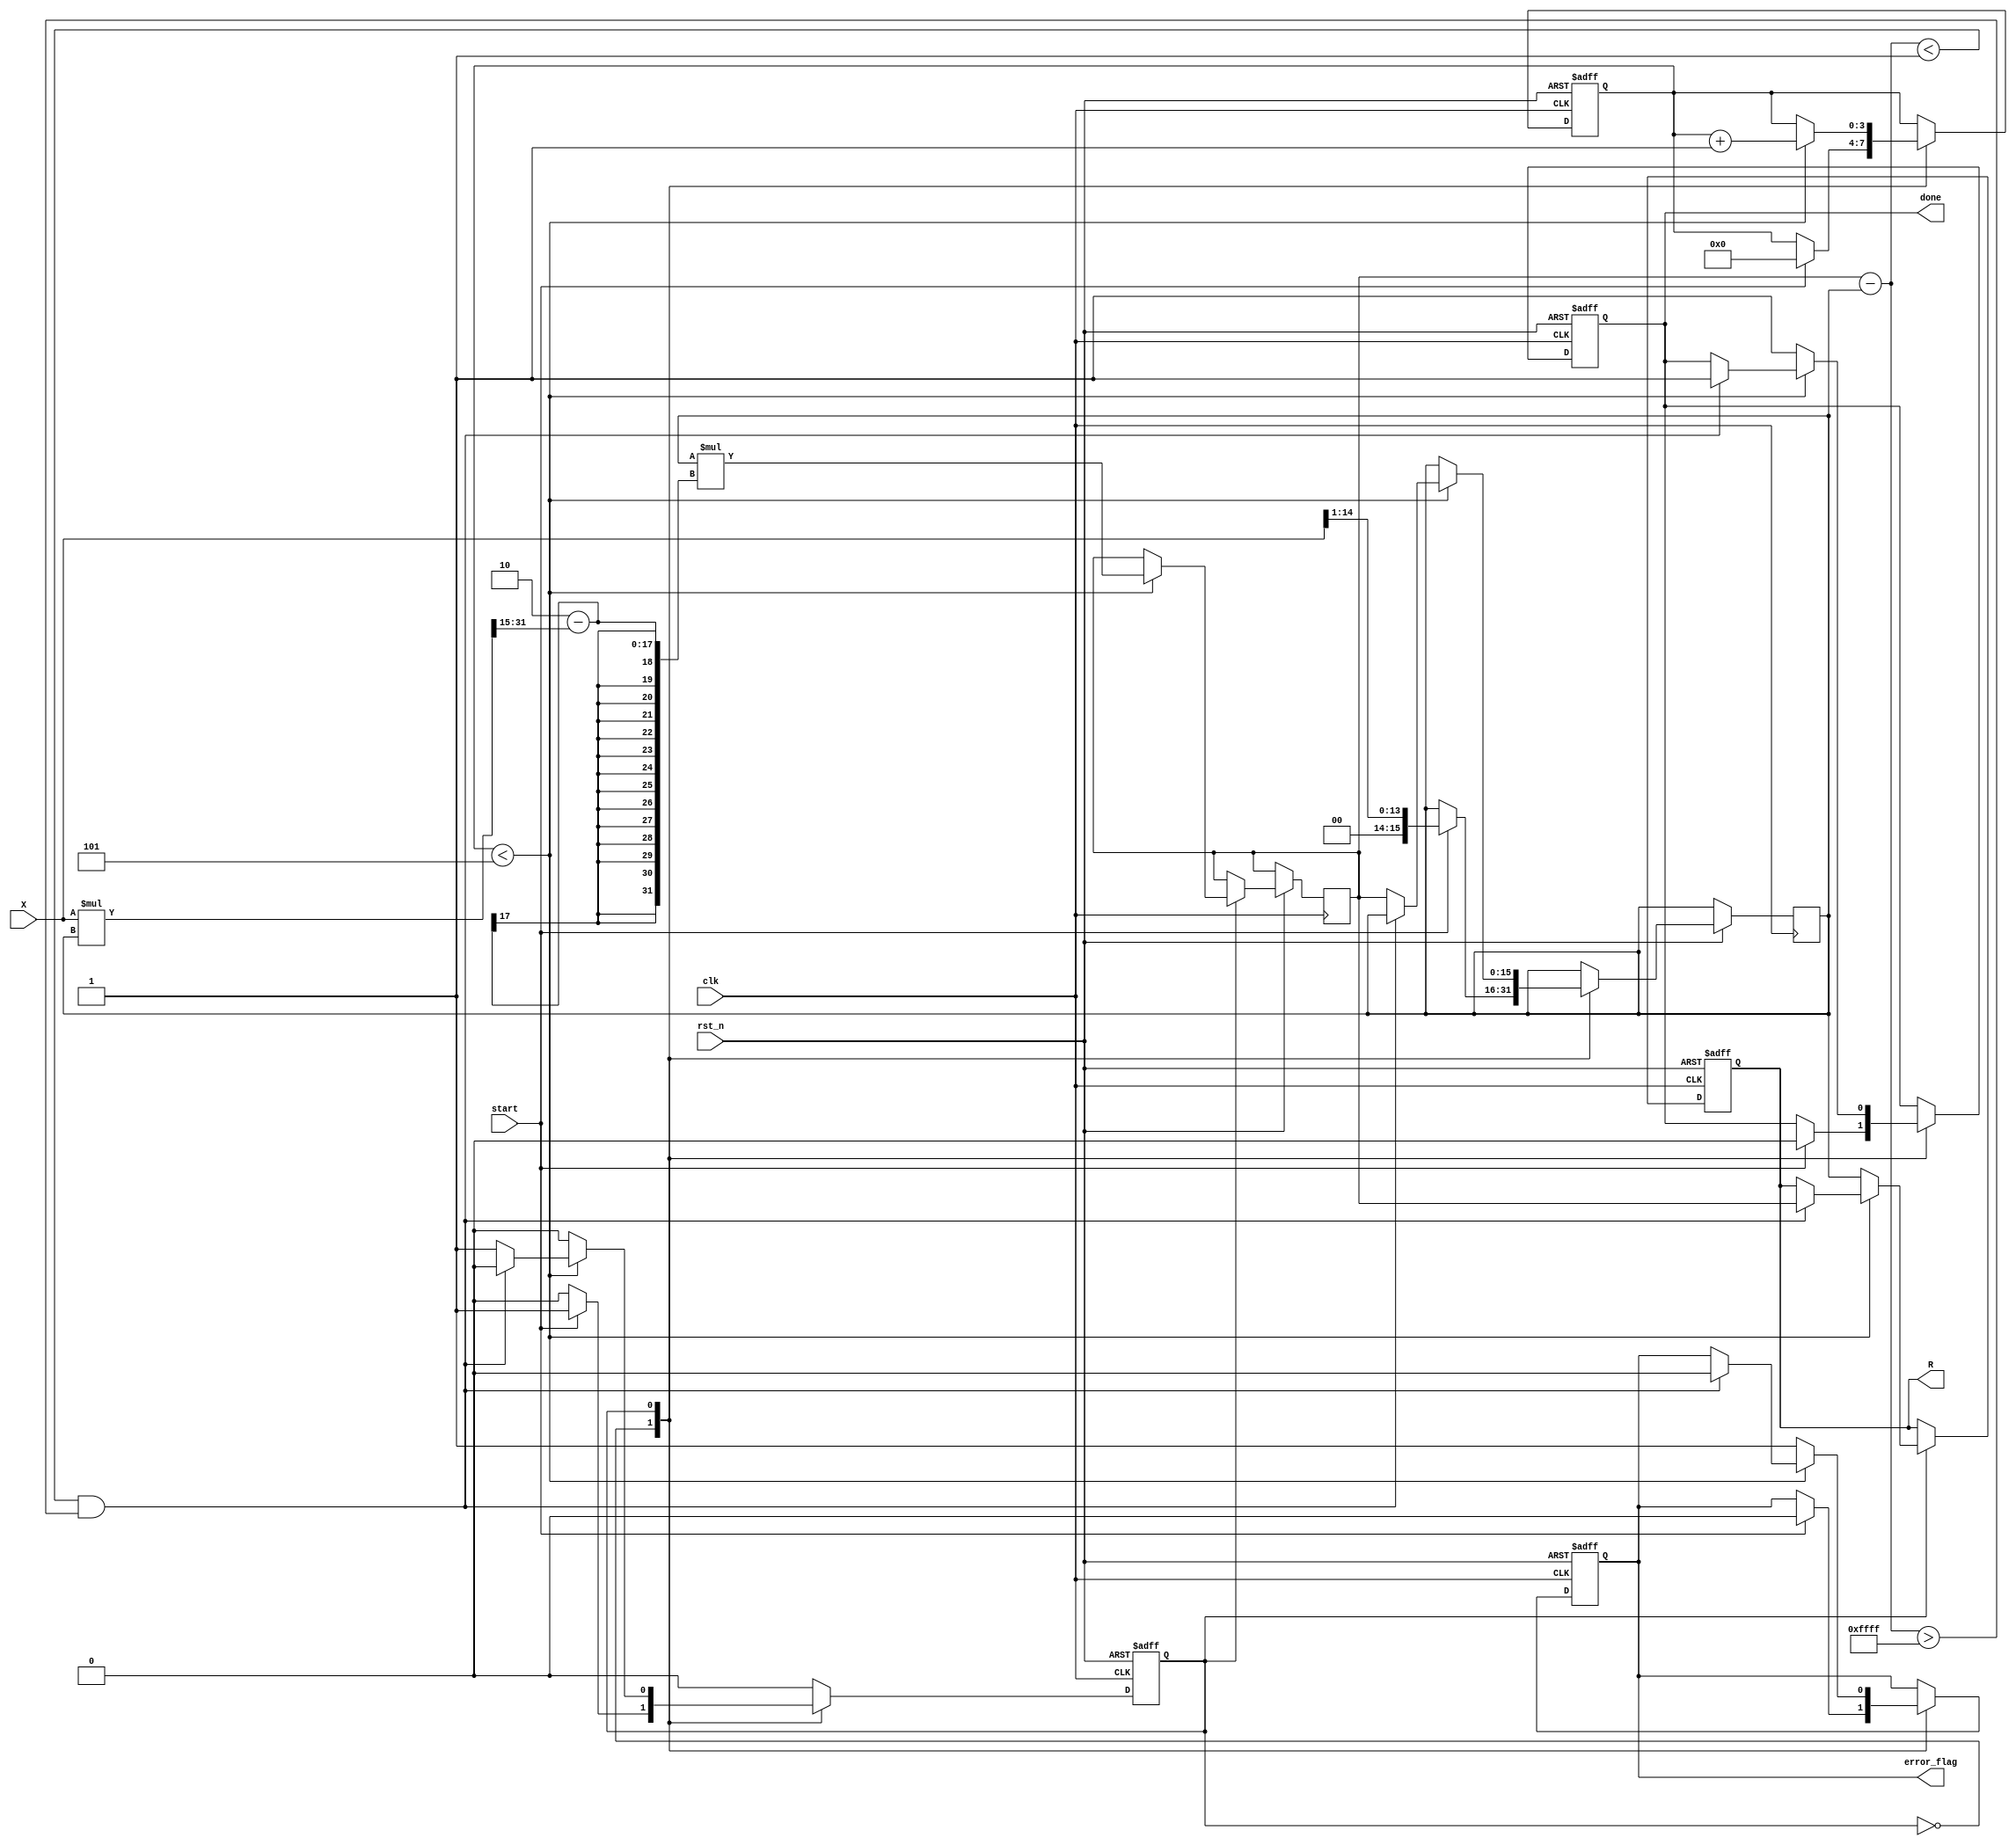
module newton_raphson_reciprocal #(
    parameter WIDTH = 16,          // Bit-width for input and output
    parameter MAX_ITERATIONS = 5,  // Maximum number of iterations
    parameter THRESHOLD = 16'h0001  // Convergence threshold
)(
    input  wire clk,               // Clock signal
    input  wire rst_n,             // Active low reset
    input  wire start,             // Start signal for computation
    input  wire [WIDTH-1:0] X,     // Input value (normalized in [0, 1])
    output reg  [WIDTH-1:0] R,     // Reciprocal output
    output reg  error_flag,         // Error flag for convergence
    output reg  done                // Done signal
);

    reg [WIDTH-1:0] Y;              // Current estimate of reciprocal
    reg [WIDTH-1:0] Y_next;         // Next estimate of reciprocal
    reg [3:0] iteration_count;       // Iteration counter
    reg [WIDTH-1:0] prev_Y;         // Previous estimate for convergence check
    reg fsm_state;                  // FSM state

    localparam IDLE = 1'b0;
    localparam ITERATE = 1'b1;

    // FSM for controlling the operation
    always @(posedge clk or negedge rst_n) begin
        if (!rst_n) begin
            fsm_state <= IDLE;
            R <= 0;
            error_flag <= 0;
            done <= 0;
            iteration_count <= 0;
        end else begin
            case (fsm_state)
                IDLE: begin
                    if (start) begin
                        // Initialize Y and counters
                        Y <= {1'b0, X[WIDTH-2:1]}; // Initial guess Y0 = 1/X (approx)
                        iteration_count <= 0;
                        prev_Y <= 0;
                        error_flag <= 0;
                        done <= 0;
                        fsm_state <= ITERATE;
                    end
                end
                ITERATE: begin
                    if (iteration_count < MAX_ITERATIONS) begin
                        // Compute next estimate using Newton-Raphson formula
                        Y_next <= Y * (2 - (X * Y >> (WIDTH - 1))); // Fixed-point multiplication
                        iteration_count <= iteration_count + 1;

                        // Check for convergence
                        if (Y_next - Y < THRESHOLD && Y_next - Y > -THRESHOLD) begin
                            error_flag <= 0; // Converged
                            R <= Y_next;     // Set output to current estimate
                            done <= 1;       // Signal done
                            fsm_state <= IDLE; // Go back to IDLE
                        end else begin
                            prev_Y <= Y; // Store previous estimate
                            Y <= Y_next; // Update current estimate
                        end
                    end else begin
                        // Max iterations reached without convergence
                        error_flag <= 1; // Indicate error
                        R <= Y;          // Output last estimate
                        done <= 1;      // Signal done
                        fsm_state <= IDLE; // Go back to IDLE
                    end
                end
            endcase
        end
    end
endmodule